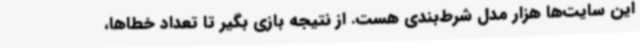
این سایت‌ها هزار مدل شرط‌بندی هست. از نتیجه بازی بگیر تا تعداد خطاها،